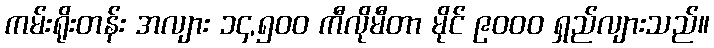
ကမ်းရိုးတန်း အလျား ၁၄,၅၀၀ ကီလိုမီတာ မိုင် ၉၀၀၀ ရှည်လျားသည်။